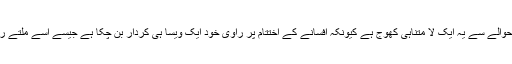
اس حوالے سے یہ ایک لا متناہی کھوج ہے کیونکہ افسانے کے اختتام پر راوی خود ایک ویسا ہی کردار بن چُکا ہے جیسے اسے مِلتے رہے۔